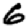
Digit: 6